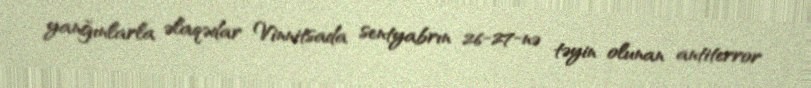
yanğınlarla əlaqədar Vinnitsada sentyabrın 26-27-nə təyin olunan antiterror